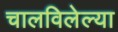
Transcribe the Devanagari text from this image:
चालविलेल्‍या